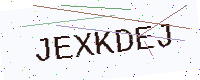
Text: JEXKDEJ